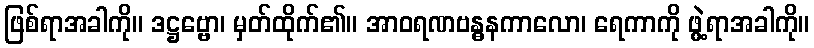
ဖြစ်ရာအခါကို။ ဒဋ္ဌဗ္ဗော၊ မှတ်ထိုက်၏။ အာဝရဏဗန္ဓနကာလော၊ ရေကာကို ဖွဲ့ရာအခါကို။